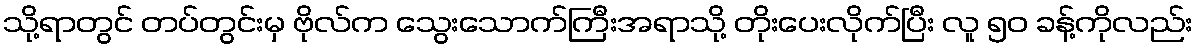
သို့ရာတွင် တပ်တွင်းမှ ဗိုလ်က သွေးသောက်ကြီးအရာသို့ တိုးပေးလိုက်ပြီး လူ ၅၀ ခန့်ကိုလည်း